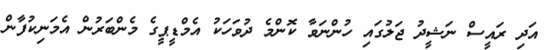
އަދި ރައީސް ނަޝީދު ޖަލުގައި ހުންނަވާ ކޮންމެ ދުވަހަކު އެމްޑީޕީގެ މެންބަރުން އެމަނިކުފާން